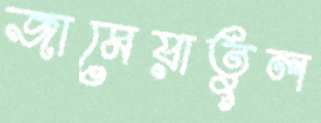
জামেয়াতুল